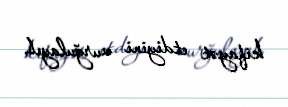
kifayət etdiyini vurğulayıb.